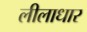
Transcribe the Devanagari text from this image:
लीलाधार